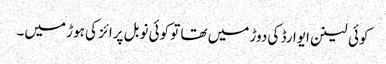
کوئی لینن ایوارڈ کی دوڑ میں تھا تو کوئی نوبل پرائز کی ہوڑ میں۔